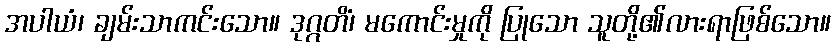
အပါယံ၊ ချမ်းသာကင်းသော။ ဒုဂ္ဂတိံ၊ မကောင်းမှုကို ပြုသော သူတို့၏လားရာဖြစ်သော။